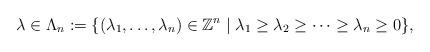
LaTeX: \begin{align*}\lambda\in\Lambda_n:=\{(\lambda_1,\ldots, \lambda_n)\in\mathbb{Z}^n\mid \lambda_1\geq\lambda_2\geq \cdots \geq\lambda_n\geq 0\} ,\end{align*}